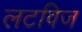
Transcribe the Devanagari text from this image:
लटविज